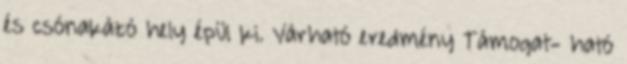
és csónakázó hely épül ki. Várható eredmény Támogat- ható